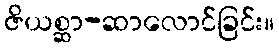
ဇိယစ္ဆာ-ဆာလောင်ခြင်း။